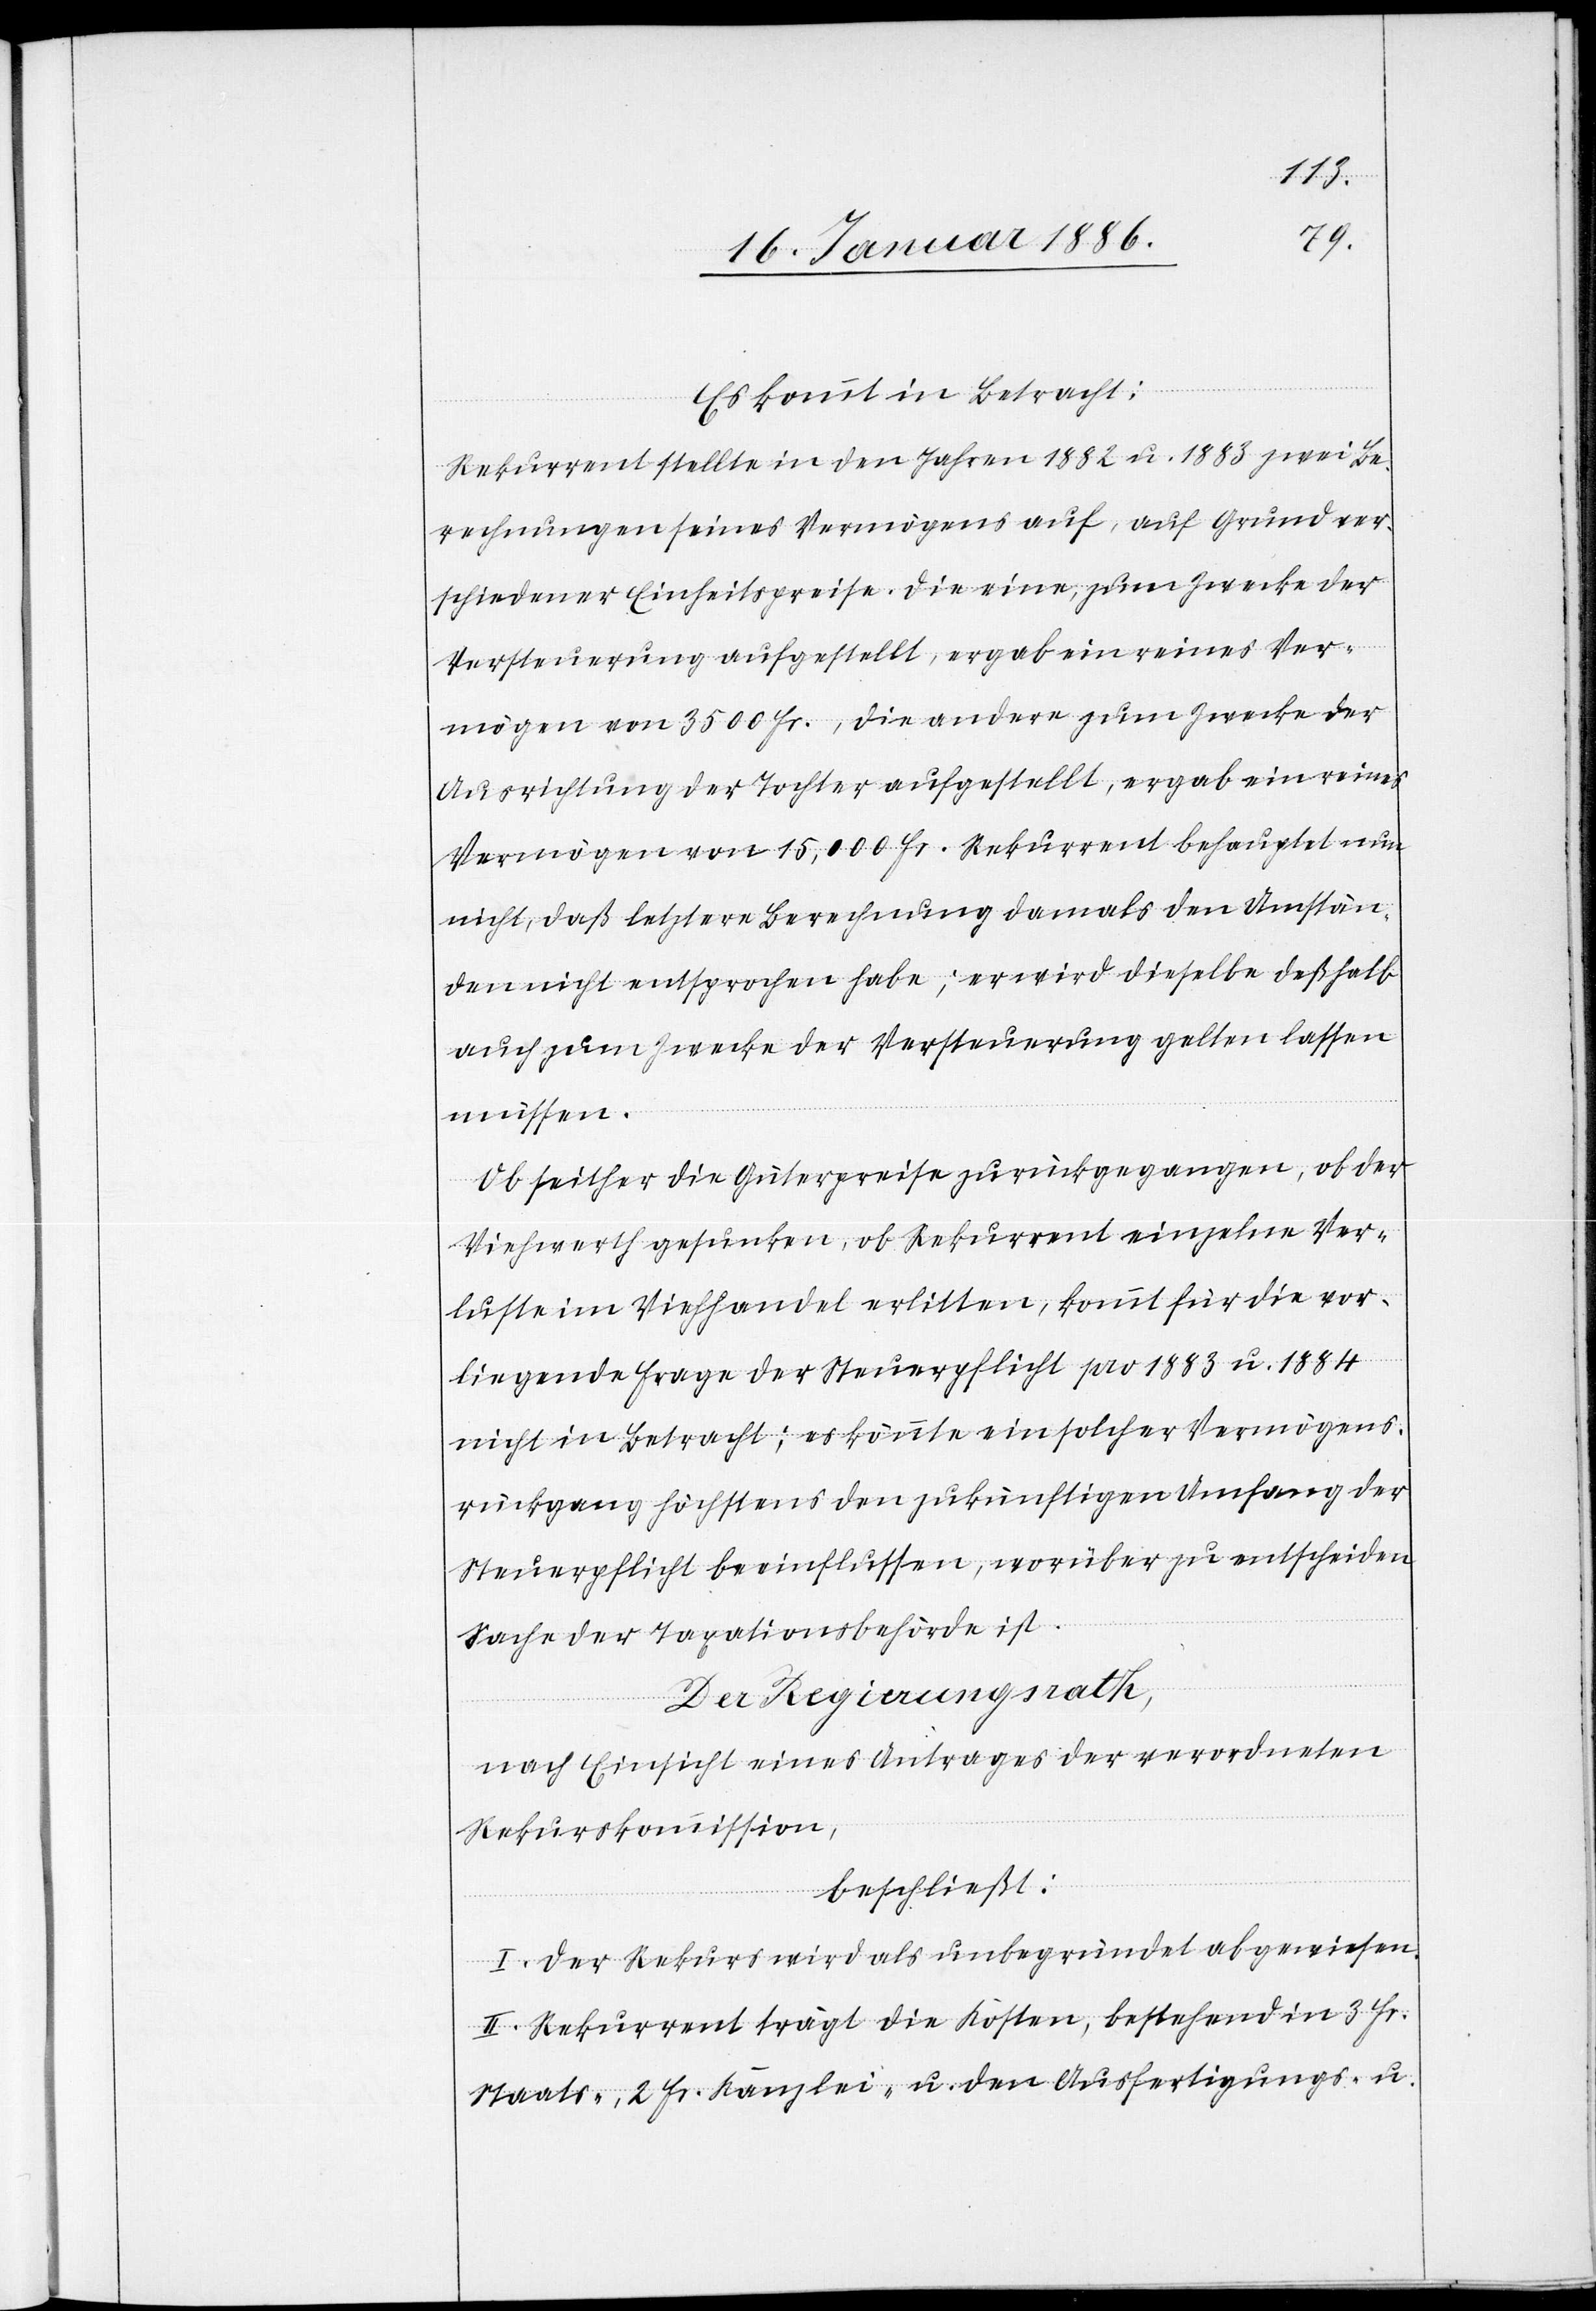
Es kommt in Betracht:
Rekurrent stellte in den Jahren 1882 u. 1883 zwei Be¬
rechnungen seines Vermögens auf, auf Grund ver¬
schiedener Einheitspreise. Die eine, zum Zwecke der
Versteuerung aufgestellt, ergab ein reines Ver¬
mögen von 3500 Fr., die andere zum Zwecke der
Ausrichtung der Tochter aufgestellt, ergab ein reines
Vermögen von 15,000 Fr. Rekurrent behauptet nun
nicht, daß letztere Berechnung damals den Umstän¬
den nicht entsprochen habe; er wird dieselbe deßhalb
auch zum Zwecke der Versteuerung gelten lassen
müssen.
Ob seither die Güterpreise zurückgegangen, ob der
Viehwerth gesunken, ob Rekurrent einzelne Ver¬
luste im Viehhandel erlitten, kommt für die vor¬
liegende Frage der Steuerpflicht pro 1883 u. 1884
nicht in Betracht; es könnte ein solcher Vermögens¬
rückgang höchstens den zukünftigen Umfang der
Steuerpflicht beeinflussen, worüber zu entscheiden
Sache der Taxationsbehörde ist.
Der Regierungsrath,
nach Einsicht eines Antrages der verordneten
Rekurskommission,
beschließt:
I. Der Rekurs wird als unbegründet abgewiesen.
II. Rekurrent trägt die Kosten, bestehend in 3 Fr.
Staats- 2 Fr. Kanzlei- u. den Ausfertigungs- u.